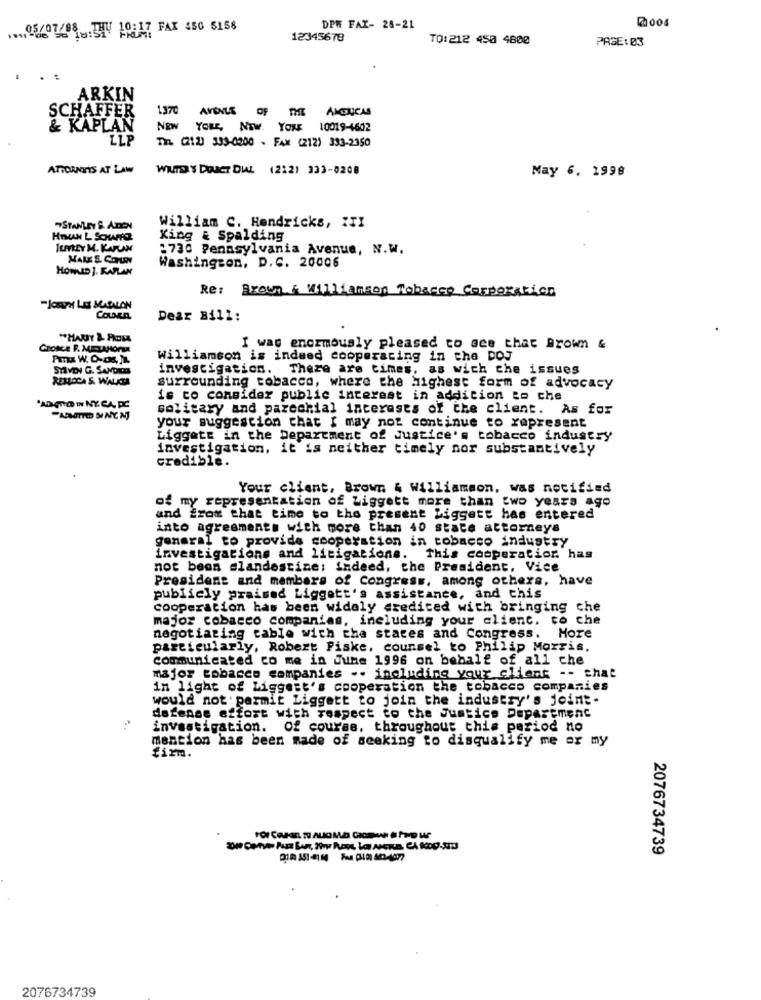
.... 05/07/88 THU 10:17 FAX 450 5158
DPW FAX- 25-21
12345678
TO:212 450 4800
PAGE: 03
ARKIN
SCHAFFER
1370
AVENUE OF
THE AMERICAS
& KAPLAN
NEW
Your, Now. YoxE 10019-1602
LLP
TIL (212) 333-0200 - FAX (212) 333-2350
ATTORNEYS AT LAW
WHITE'S DOACT DIAL (2:2) 333-0208
May 6. 1998
William C. Hendricks, ITI
HUMAN L SOWHO
King & Spalding
ILFFREY M. KAPLAN
:730 Pennsylvania Avenue, N.W.
MALE S. COMEN
Washington, D.C. 20006
HOWLID J. KAPLAN
Re: Brown & Williamson Tobacco Corporation
HJORTH LE MATALON
CowNen
Dear Bill:
Grosce F. MEZAHOrMA
I was enormously pleased to see that Brown &
williamson is indeed cooperating in the DOJ
STEVEN G. SANDIM
investigation. There are times, as wich che issues
REHOCA S. WALKCTA
surrounding tobacco, where the highest form of advocacy
is to consider public interest in addition to che
"ADITION IN NE CA PC
solitary and parochial interests of the client. As for
your suggestion that I may not continue to represent
Liggate in the Department of Justice's tobacco industry
investigation, it is neither timely nor substantively
credible.
Your client, Brown & Williamson, was notified
of my representation of Ziggett more than two years ago
and from that time to the present Liggett has entered
into agreements with more than 40 state attorneys
general to provide cooperation in tobacco industry
investigations and litigatione. This cooperation has
not been clandestine: indeed, the President, Vice
President and members of Congress, among others, have
publicly praised Liggett's assistance, and this
cooperation has been widely credited with bringing che
major cobacco companies, including your client. co che
negotiating cable with the states and Congress. Hore
particularly, Robert Piske, counsel to Philip Morris.
communicated co me in June 1996 on behalf of all che
major tobacco companies .. including your client -- that
in light of Liggett's cooperation the tobacco companies
would not permit Liggett to join the industry's joint-
defense effort with respect to the Justice Department
investigation. Of course, throughout this period no
mention has been made of seeking to disqualify me er my
firm.
2076734739
2076734739